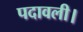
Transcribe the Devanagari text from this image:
पदावली।